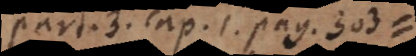
part. 3, cap. I. pag. 303